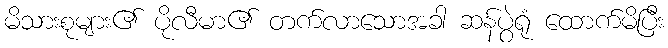
မိသားစုများ၏ ပိုလီမာ၏ တက်လာသောအခါ ဆန်ပွဲရုံ ထောက်မိပြီး